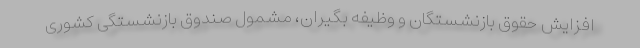
افزایش حقوق بازنشستگان و وظیفه بگیران، مشمول صندوق بازنشستگی کشوری